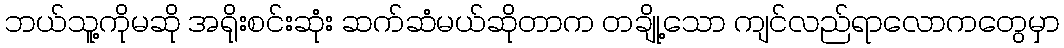
ဘယ်သူ့ကိုမဆို အရိုးစင်းဆုံး ဆက်ဆံမယ်ဆိုတာက တချို့သော ကျင်လည်ရာလောကတွေမှာ